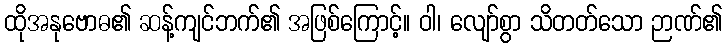
ထိုအနုဗောဓ၏ ဆန့်ကျင်ဘက်၏ အဖြစ်ကြောင့်။ ဝါ၊ လျော်စွာ သိတတ်သော ဉာဏ်၏